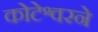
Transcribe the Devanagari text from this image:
कोटेश्वरने